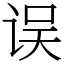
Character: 误